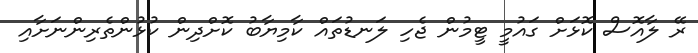
ރޭ ލާއޮސް ކޮޅަށް ގައުމީ ޓީމުން ޖެހި ލަނޑުތައް ކާމިޔާބު ކޮށްދިން ކުޅުންތެރިންނަށާއި